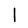
Digit: 1